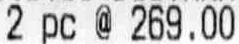
2 PC @ 269.00